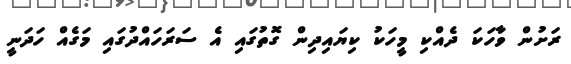
ރަށުން ވާހަކަ ދެއްކި މީހަކު ކިޔައިދިން ގޮތުގައި އެ ސަރަހައްދުގައި މަގެއް ހަދަނީ